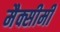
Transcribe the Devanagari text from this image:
मैक्सीमी